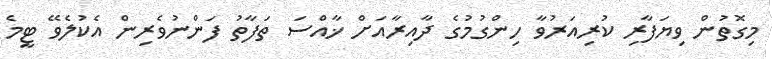
މިގޮތުން ވިޔަފާރި ކުރިއަރުވާ ހިންގުމުގެ ދާއިރާއަށް ޚާއްސަ ތަފާތު ފަންނުވެރިން އެކުލެވޭ ޓީމެ